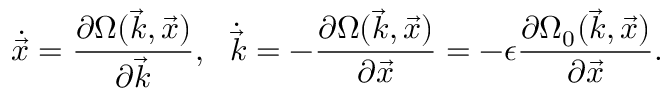
\dot { \vec { x } } = \frac { \partial \Omega ( \vec { k } , \vec { x } ) } { \partial \vec { k } } , \ \ \dot { \vec { k } } = - \frac { \partial \Omega ( \vec { k } , \vec { x } ) } { \partial \vec { x } } = - \epsilon \frac { \partial \Omega _ { 0 } ( \vec { k } , \vec { x } ) } { \partial \vec { x } } .